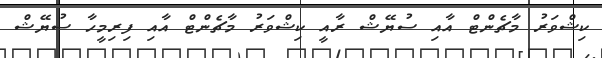
ކިޝްވަރު މާޗެންޓް އާއި ސުޔޭޝް ރާއީ ކިޝްވަރު މާޗެންޓް އާއި ފިރިމީހާ ސުޔޭޝް